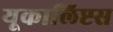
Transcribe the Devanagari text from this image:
यूकालिप्टस